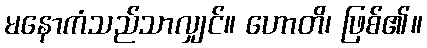
မနောကံသည်သာလျှင်။ ဟောတိ၊ ဖြစ်၏။